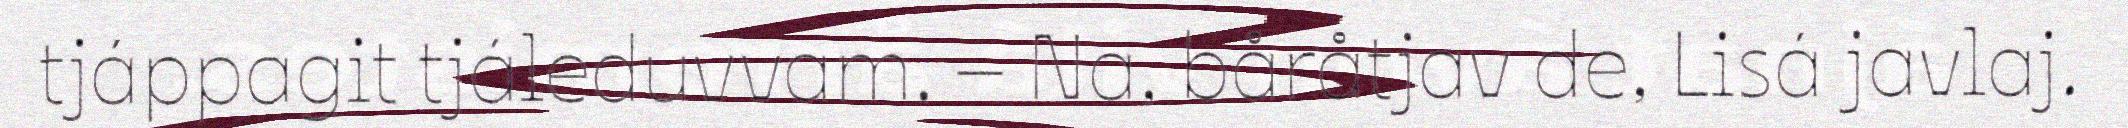
tjáppagit tjáleduvvam. – Na, båråtjav de, Lisá javlaj.